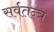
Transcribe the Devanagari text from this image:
सर्वतन्त्र